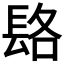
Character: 𨱴